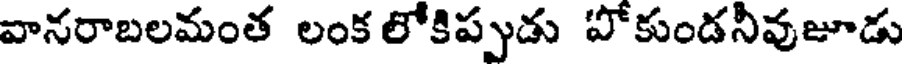
వానరాబలమంత లంక లోకిప్పుడు పోకుండనీవుజూడు